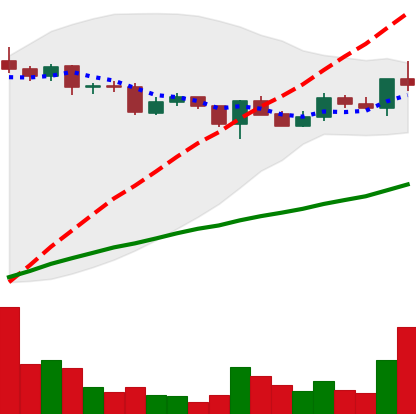
Ticker: XLM-USD
Chart end date: 2020-12-17
Forward return: -12.773%
Label: down_7plus